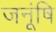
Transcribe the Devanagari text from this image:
जनूंषि